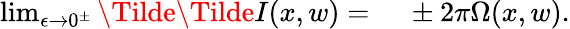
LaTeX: \begin{array}{rl}{\operatorname*{lim}_{\epsilon\to 0^{\pm}}\Tilde{\Tilde{I}}(x,w)={}}&{{}\pm 2\pi\Omega(x,w).}\end{array}